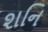
શનિ